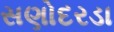
સણોદરડા